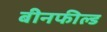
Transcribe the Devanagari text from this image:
बीनफील्ड